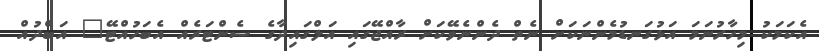
އެކަމަކު މިހާރުނަމަ އަޅުގަނޑުމެންނަކަށް ނެތް ދެންނެވޭކަށް ރާއްޖޭގައި އަލްގައިދާގެ ސެންޓަރެއް އެބަހުއްޓޭ" އަބްދުއް